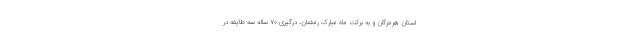
استان هرمزگان و به برکت ماه مبارک رمضان، درگیری ۷۰ ساله سه طایفه در